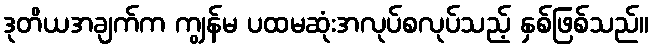
ဒုတိယအချက်က ကျွန်မ ပထမဆုံးအလုပ်စလုပ်သည့် နှစ်ဖြစ်သည်။